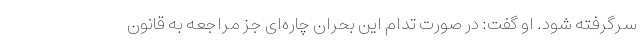
سرگرفته شود. او گفت: در صورت تدام این بحران چاره‌ای جز مراجعه به قانون